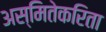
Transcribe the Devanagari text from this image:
अस्मितेकरिता